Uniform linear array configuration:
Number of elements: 4
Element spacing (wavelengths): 0.75
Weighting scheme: exponential
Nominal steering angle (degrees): -15
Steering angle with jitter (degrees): -16.931
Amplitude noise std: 0.05
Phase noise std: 0.05

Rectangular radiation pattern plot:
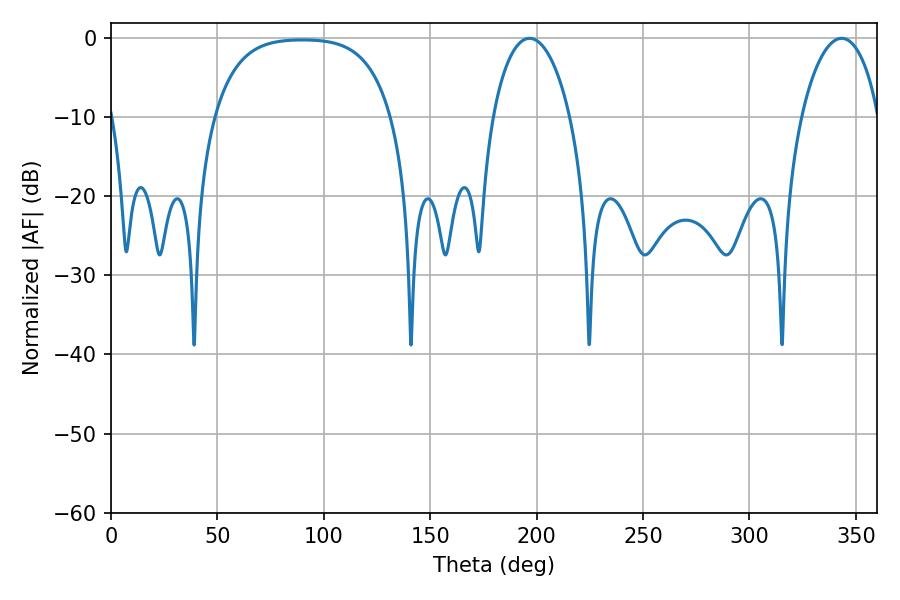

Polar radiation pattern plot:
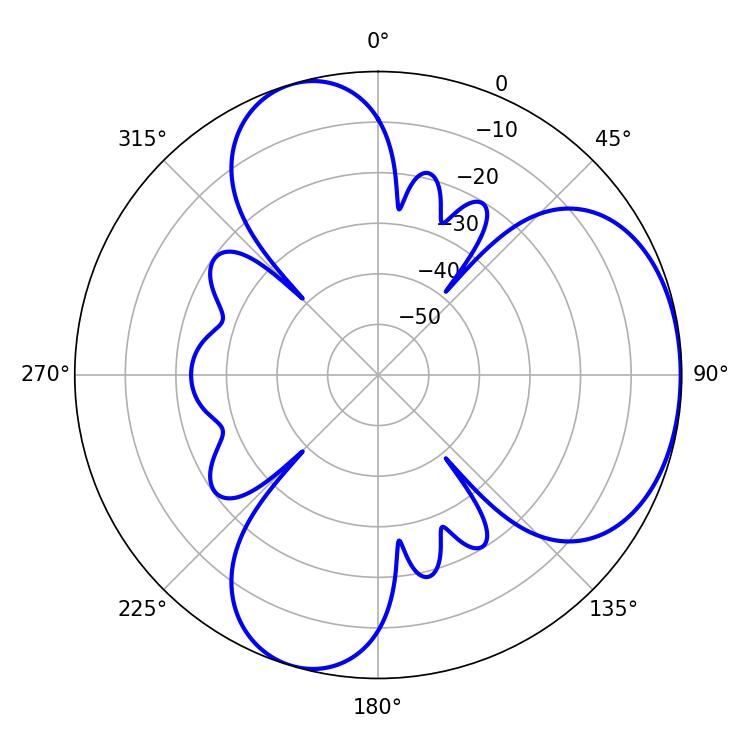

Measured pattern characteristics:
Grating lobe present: TRUE
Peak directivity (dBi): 4.618
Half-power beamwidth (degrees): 20.7
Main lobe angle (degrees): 196.74